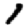
Digit: 1